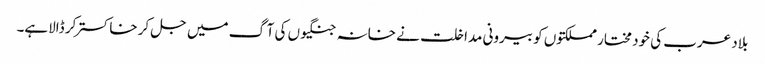
بلاد عرب کی خود مختار مملکتوں کو بیرونی مداخلت نے خانہ جنگیوں کی آگ میں جل کر خاکستر کر ڈالاہے۔